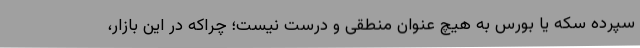
سپرده سکه یا بورس به هیچ عنوان منطقی و درست نیست؛ چراکه در این بازار،